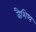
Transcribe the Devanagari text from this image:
वैशिष्य